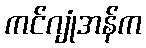
ကင်ဂျုံအန်က